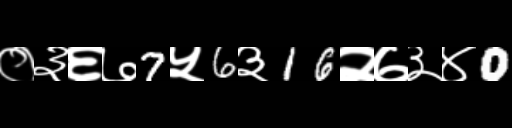
Text: ०३६७7५6३16२७३४0